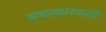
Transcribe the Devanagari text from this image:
चमत्कारकारी